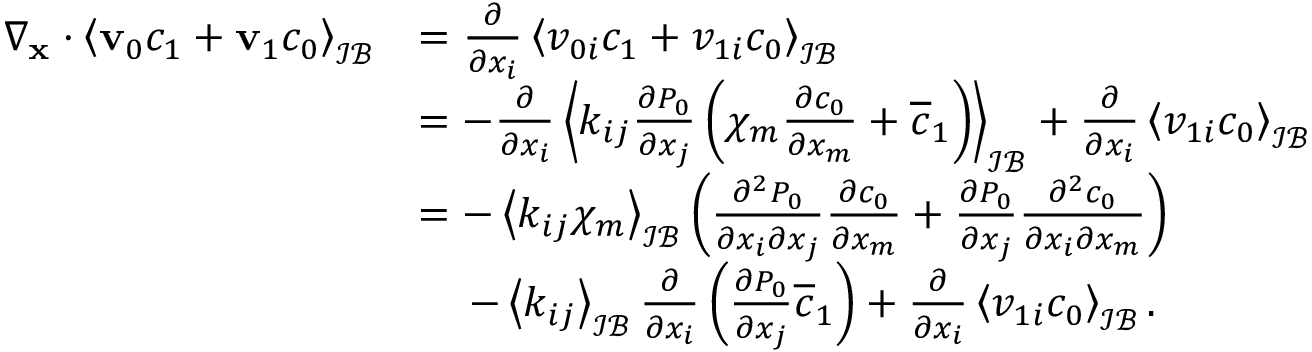
\begin{array} { r l } { \nabla _ { \mathbf x } \cdot \left\langle \mathbf v _ { 0 } c _ { 1 } + \mathbf v _ { 1 } c _ { 0 } \right\rangle _ { \mathcal { I B } } } & { = \frac { \partial } { \partial x _ { i } } \left\langle v _ { 0 i } c _ { 1 } + v _ { 1 i } c _ { 0 } \right\rangle _ { \mathcal { I B } } } \\ & { = - \frac { \partial } { \partial x _ { i } } \left\langle k _ { i j } \frac { \partial P _ { 0 } } { \partial x _ { j } } \left( \chi _ { m } \frac { \partial c _ { 0 } } { \partial x _ { m } } + \overline { { c } } _ { 1 } \right) \right\rangle _ { \mathcal { I B } } + \frac { \partial } { \partial x _ { i } } \left\langle v _ { 1 i } c _ { 0 } \right\rangle _ { \mathcal { I B } } } \\ & { = - \left\langle k _ { i j } \chi _ { m } \right\rangle _ { \mathcal { I B } } \left( \frac { \partial ^ { 2 } P _ { 0 } } { \partial x _ { i } \partial x _ { j } } \frac { \partial c _ { 0 } } { \partial x _ { m } } + \frac { \partial P _ { 0 } } { \partial x _ { j } } \frac { \partial ^ { 2 } c _ { 0 } } { \partial x _ { i } \partial x _ { m } } \right) } \\ & { \quad \, - \left\langle k _ { i j } \right\rangle _ { \mathcal { I B } } \frac { \partial } { \partial x _ { i } } \left( \frac { \partial P _ { 0 } } { \partial x _ { j } } \overline { { c } } _ { 1 } \right) + \frac { \partial } { \partial x _ { i } } \left\langle v _ { 1 i } c _ { 0 } \right\rangle _ { \mathcal { I B } } . } \end{array}